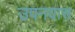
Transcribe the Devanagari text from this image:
उपनयास